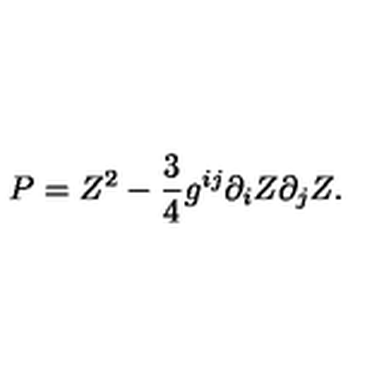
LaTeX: P = Z ^ { 2 } - { \frac { 3 } { 4 } } g ^ { i j } \partial _ { i } Z \partial _ { j } Z .